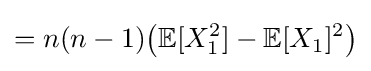
=n(n-1){\big (}\mathbb {E} [X_{1}^{2}]-\mathbb {E} [X_{1}]^{2}{\big )}